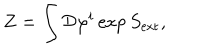
LaTeX: Z = \int { \cal D } \varphi ^ { i } \exp S _ { \mathrm { e x t } } ,